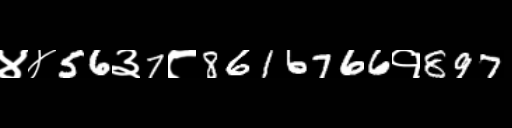
Text: ४४56३7८8616766१897